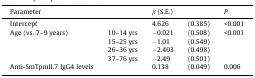
<table><thead><tr><td><b>Parameter</b></td><td>[EMPTY_CELL]</td><td colspan="2"><b><i>β</i> (S.E.)</b></td><td><b><i>P</i></b></td></tr></thead><tbody><tr><td>Intercept</td><td>[EMPTY_CELL]</td><td>4.626</td><td>(0.385)</td><td>&lt;0.001</td></tr><tr><td rowspan="4">Age (vs. 7–9 years)</td><td>10–14 yrs</td><td>−0.021</td><td>(0.508)</td><td>&lt;0.001</td></tr><tr><td>15–25 yrs</td><td>−1.01</td><td>(0.549)</td><td>[EMPTY_CELL]</td></tr><tr><td>26–36 yrs</td><td>−2.403</td><td>(0.498)</td><td>[EMPTY_CELL]</td></tr><tr><td>37–76 yrs</td><td>−2.49</td><td>(0.501)</td><td>[EMPTY_CELL]</td></tr><tr><td>Anti-SmTpmII.7 IgG4 levels</td><td>[EMPTY_CELL]</td><td>0.138</td><td>(0.049)</td><td>0.006</td></tr></tbody></table>